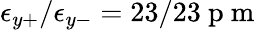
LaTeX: \epsilon_{y+}/\epsilon_{y-}=23/23\mathrm{~p~m~}